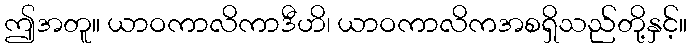
ဤအတူ။ ယာဝကာလိကာဒီဟိ၊ ယာဝကာလိကအစရှိသည်တို့နှင့်။